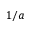
1 / a